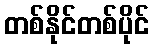
တစ်နိုင်တစ်ပိုင်